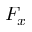
F _ { x }